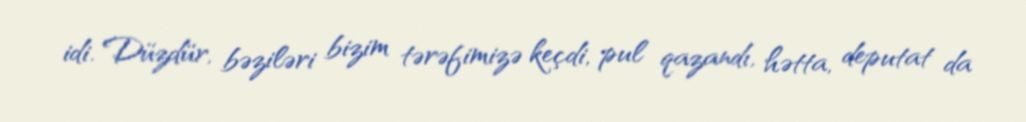
idi. Düzdür, bəziləri bizim tərəfimizə keçdi, pul qazandı, hətta, deputat da